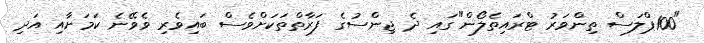
"100ޕްލަސް ތިންވަރު ޓްރައިތެލޯން"ގައި ދެ ޖިންސުގެ ފަރާތްތަކަށްވެސް ބައިވެރި ވެވޭނެ ކަމަށާއި އަދި